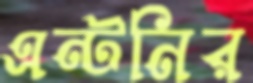
এন্টনির